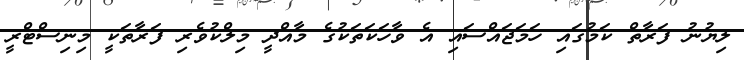
ލިޔުނު ފަރާތް ކަމުގައި ހަމަޖައްސައި އެ ވާހަކަތަކުގެ މާއްދީ މިލްކުވެރި ފަރާތަކީ މިނިސްޓްރީ